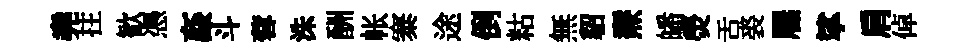
堯拄歓憑姦斗蓉洙酬帐寨途倒䊀無貂燾皤熒舌裘屧挲肩倬